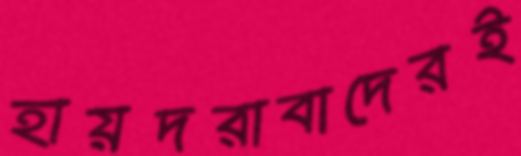
হায়দরাবাদেরই